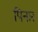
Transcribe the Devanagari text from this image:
पिनार